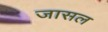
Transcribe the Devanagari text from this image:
जासल